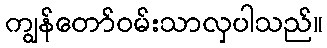
ကျွန်တော်ဝမ်းသာလှပါသည်။